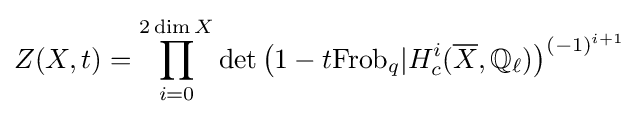
Z(X,t)=\prod _{i=0}^{2\dim X}\det {\big (}1-t{\mbox{Frob}}_{q}|H_{c}^{i}({\overline {X}},{\mathbb {Q} }_{\ell }){\big )}^{(-1)^{i+1}}